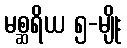
မစ္ဆရိယ ၅-မျိုး